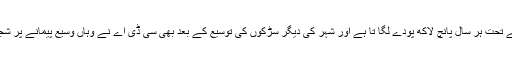
ادارے کی طرف سے رپورٹ میں کہا گیا کہ سی ڈی اے اپنی شجر کاری مہم کے تحت ہر سال پانچ لاکھ پودے لگا تا ہے اور شہر کی دیگر سڑکوں کی توسیع کے بعد بھی سی ڈی اے نے وہاں وسیع پیمانے پر شجر کاری کی ہے ، ان سڑکوں میں سیونتھ ایوینو اور اسلام آباد ہائی وے شامل ہیں۔